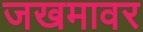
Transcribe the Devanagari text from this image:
जखमावर